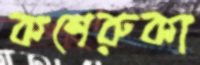
কশেরুকা